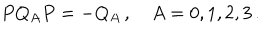
P Q _ { A } P = - Q _ { A } \, , \quad A = 0 , 1 , 2 , 3 \, .